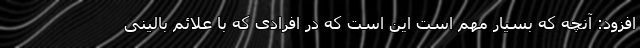
افزود: آنچه که بسیار مهم است این است که در افرادی که با علائم بالینی